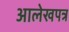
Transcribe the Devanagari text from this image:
आलेखपत्र